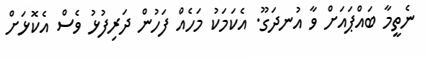
ނެތީމާ ބައްޕައަށް ވާ އުނދަގޫ. އެކަމަކު މަހެއް ފަހުން ދަރިފުޅު ވެސް އެކޮޅަށް